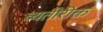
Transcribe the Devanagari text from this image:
व्यतीरीक्त